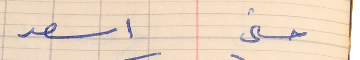
حسني     اسعد